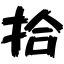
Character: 拾